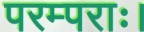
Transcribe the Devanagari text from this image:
परम्पराः।